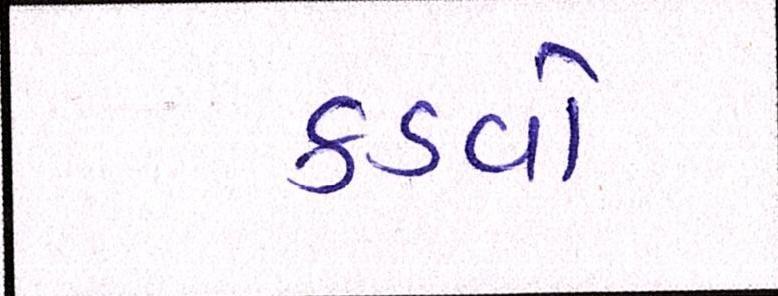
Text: કડવો